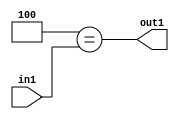
`timescale 1ps / 1ps
/*****************************************************************************
    Verilog RTL Description
    
    
    Created by: Stratus DpOpt 2019.1.01 
*******************************************************************************/

module feature_write_addr_gen_Eqi4u3_4_1 (
	in1,
	out1
	); /* architecture "behavioural" */ 
input [2:0] in1;
output  out1;
wire  asc001;

assign asc001 = (8'B00000100==in1);

assign out1 = asc001;
endmodule

/* CADENCE  urjyTgg= : u9/ySgnWtBlWxVPRXgAZ4Og= ** DO NOT EDIT THIS LINE ******/